Lunatic asylums Madras 1892-1911 - 1892-1911
Year: 1892
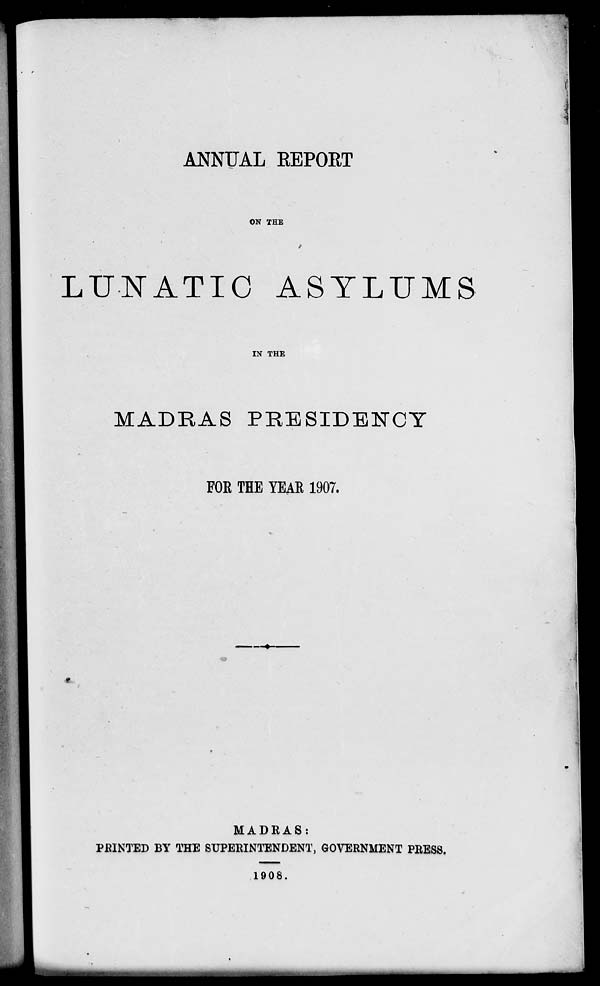
ANNUAL EEPORT
ON THE
LUNATIC ASYLUMS
IN THE
MADRAS PRESIDENCY
FOE THE YEAE 1907.
MADRAS:
PRINTED BY THE SUPERINTENDENT, GOVERNMENT PRESS.
1908.
* *.
.